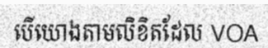
បើយោងតាមលិខិតដែល VOA